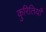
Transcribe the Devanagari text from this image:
कुरितियाँ